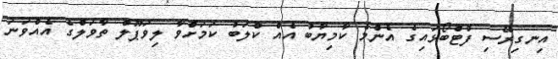
އިނގިރޭސި ފުޓްބޯޅައިގެ އެންމެ ކާމިޔާބު އެއް ކްލަބު ކަމަށްވާ ލިވަޕޫލް ތާވަލްގެ އެއްވަނަ